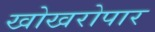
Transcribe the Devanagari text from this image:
खोखरोपार